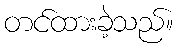
တင်ထားခဲ့သည်။